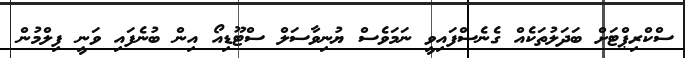
ސްކްރިޕްޓަށް ބަދަލުތަކެއް ގެނެސްފައިވީ ނަމަވެސް ޔުނިވާސަލް ސްޓޫޑިއޯ އިން ބުނެފައި ވަނީ ފިލްމުން